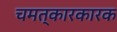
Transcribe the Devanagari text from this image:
चमत्कारकारक